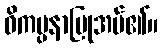
ဝိကပ္ပနာပြုအပ်၏။